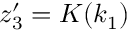
z _ { 3 } ^ { \prime } = K ( k _ { 1 } )